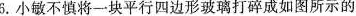
6.小敏不慎将一块平行四边形玻璃打碎成如图所示的